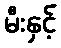
မီးနှင့်